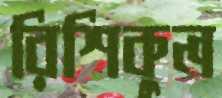
রিশিকুল